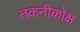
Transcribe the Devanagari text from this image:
तकनीकोक्ष